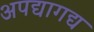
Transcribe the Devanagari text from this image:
अपद्यागद्य